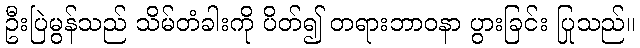
ဦးပြဲမွန်သည် သိမ်တံခါးကို ပိတ်၍ တရားဘာဝနာ ပွားခြင်း ပြုသည်။